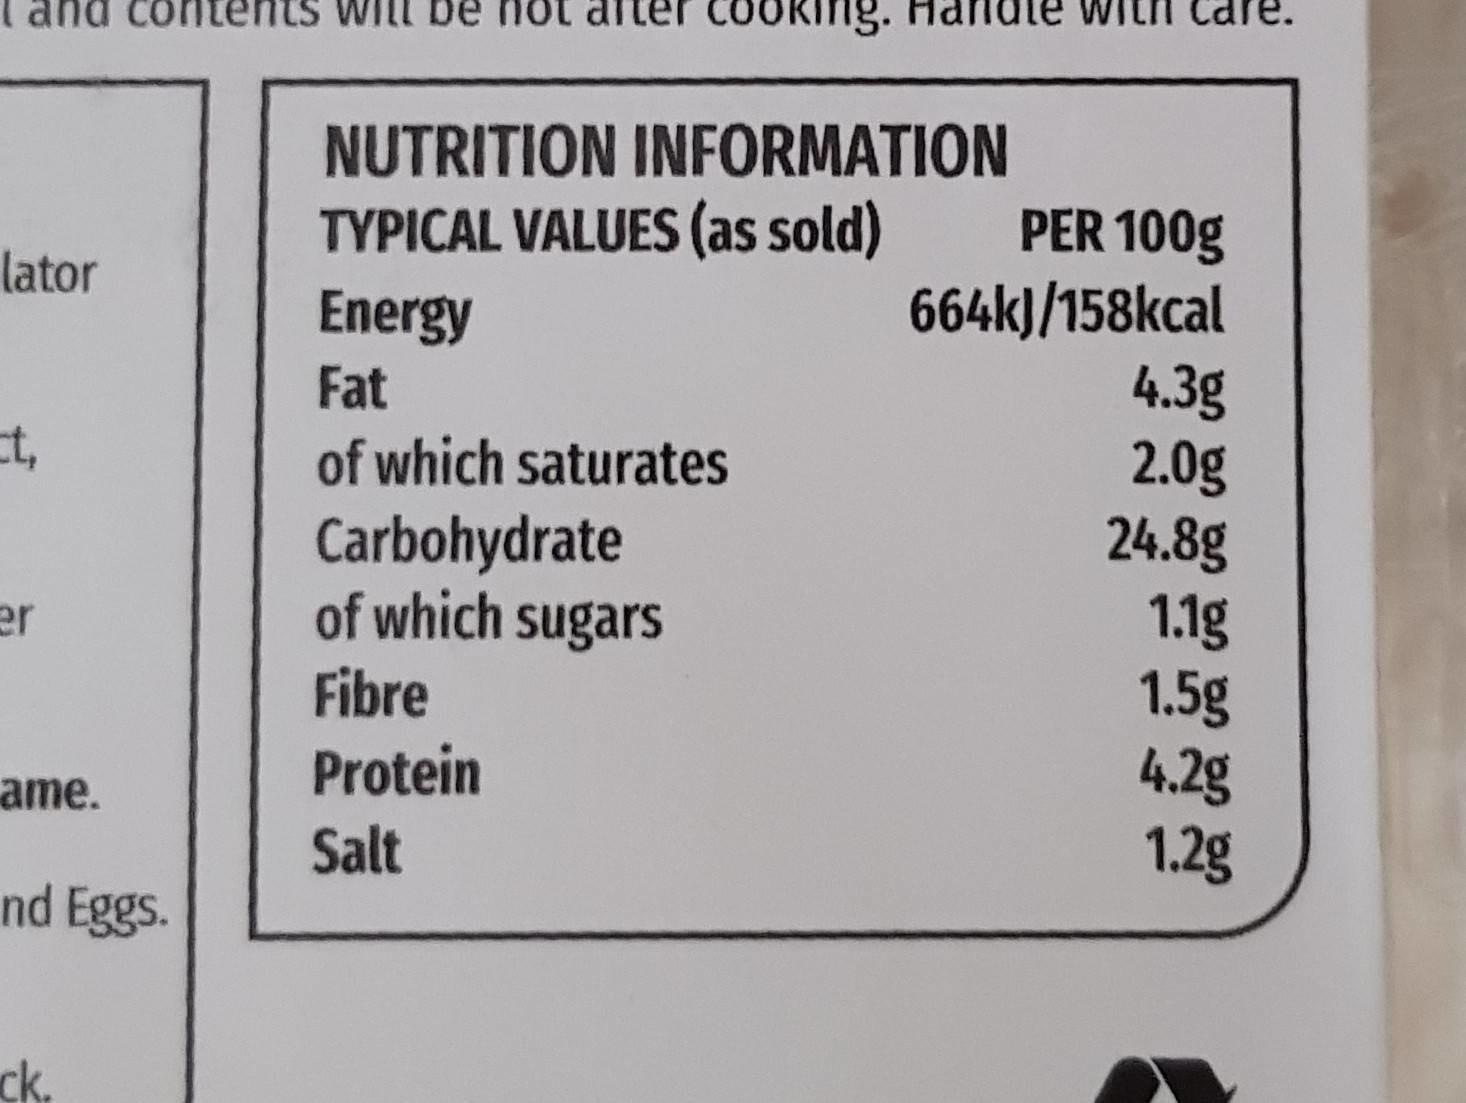
COORIng. Hdl
NUTRITION INFORMATION TYPICAL VALUES (as sold)
PER 100g 664k)/158kcal 4.3g 2.0g 24.8g 1.1g 1.5g 4.2g 1.2g
lator
Energy Fat
t,
of which saturates
Carbohydrate of which sugars
er
Fibre Protein
ame.
Salt
nd Eggs.
ck.